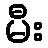
မီး